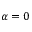
\alpha = 0